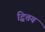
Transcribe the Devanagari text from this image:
द्वितय